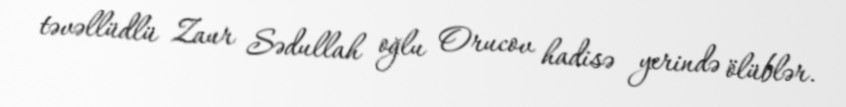
təvəllüdlü Zaur Sədullah oğlu Orucov hadisə yerində ölüblər.